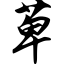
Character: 萆